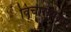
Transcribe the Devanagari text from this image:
विचारव्यंजन